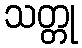
သတ္တု